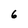
Character: 6